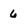
Character: 6